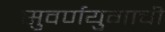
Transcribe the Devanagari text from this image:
सुवर्णयुगाची